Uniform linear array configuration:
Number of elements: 64
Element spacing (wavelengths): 0.75
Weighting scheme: cosine
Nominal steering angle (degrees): -15
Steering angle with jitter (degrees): -16.682
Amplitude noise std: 0.05
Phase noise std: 0.05

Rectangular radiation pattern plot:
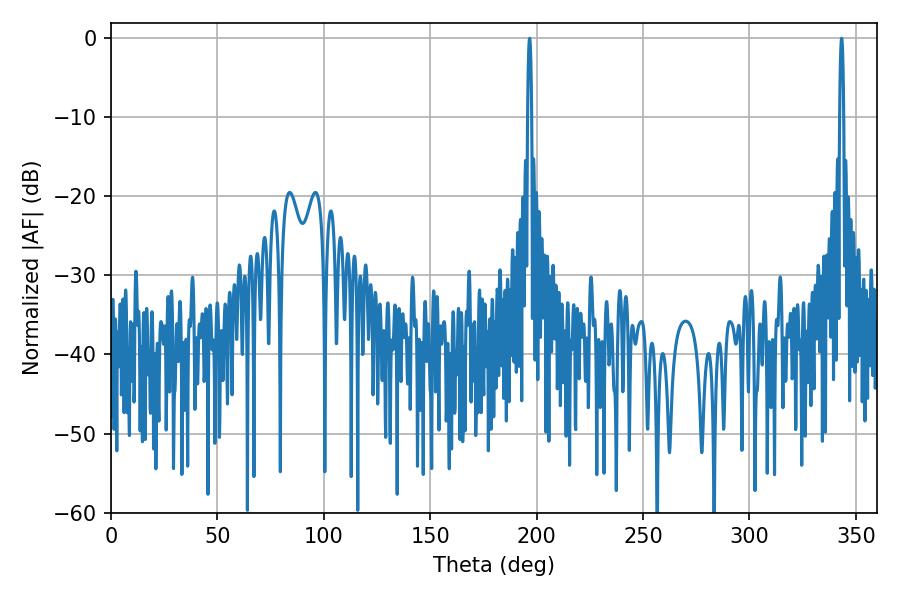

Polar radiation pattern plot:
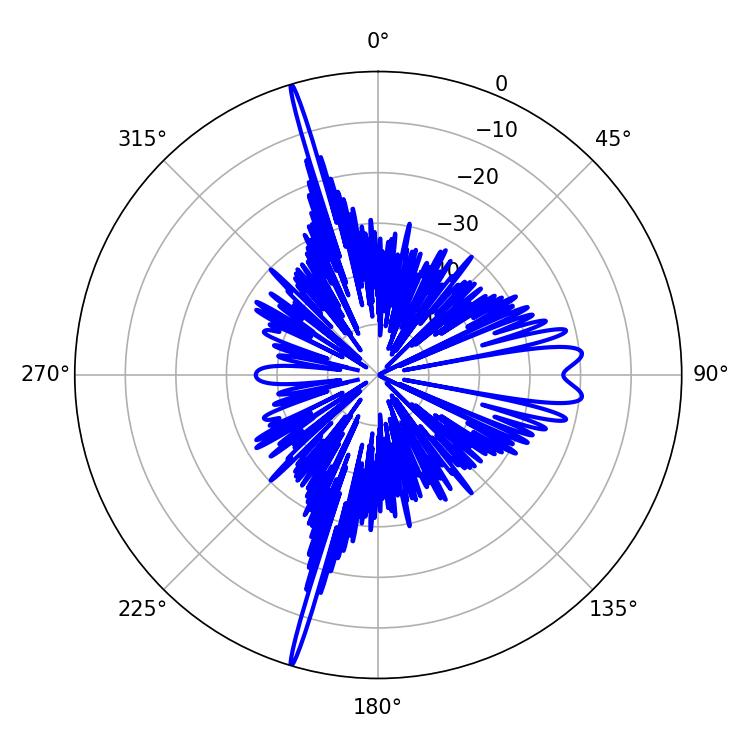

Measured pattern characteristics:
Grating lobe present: TRUE
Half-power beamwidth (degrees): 0.9
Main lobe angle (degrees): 343.26